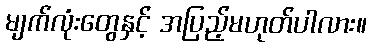
မျက်လုံးတွေနှင့် အပြည့်မဟုတ်ပါလား။